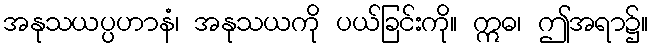
အနုသယပ္ပဟာနံ၊ အနုသယကို ပယ်ခြင်းကို။ ဣဓ၊ ဤအရာ၌။